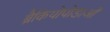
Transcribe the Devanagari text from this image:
ब्रैकियोपोडाओं